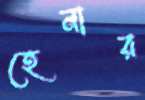
হেনার